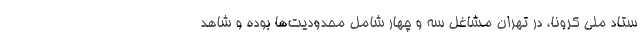
ستاد ملی کرونا، در تهران مشاغل سه و چهار شامل محدودیت‌ها بوده و شاهد